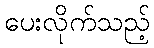
ပေးလိုက်သည့်